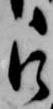
被